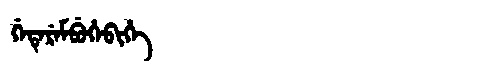
Manchu: ᡤᡝᡨᡝᡵᡝᠮᠪᡠᡥᡝᠪᡳᡥᡝ
Romanization: GETEREMBUHEBIHE